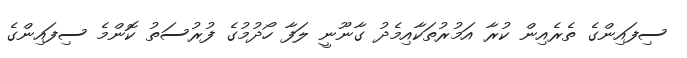
ސިފައިންގެ ތެރެއިން ކުރާ އަމުރުތަކާއިމެދު ގާނޫނީ ލަފާ ހޯދުމުގެ ފުރުސަތު ކޮންމެ ސިފައިންގެ